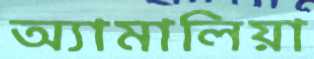
অ্যামালিয়া